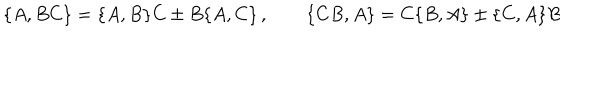
\{ A , B C \} = \{ A , B \} C \pm B \{ A , C \} \, , \qquad \{ C B , A \} = C \{ B , A \} \pm \{ C , A \} B